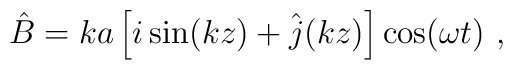
\hat{B}=ka\left[i\sin  (kz)+\hat{j}(kz)\right]\cos (\omega t)\ ,